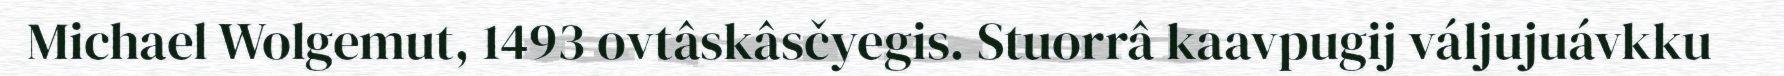
Michael Wolgemut, 1493 ovtâskâsčyegis. Stuorrâ kaavpugij váljujuávkku